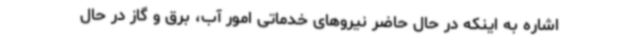
اشاره به اینکه در حال حاضر نیروهای خدماتی امور آب، برق و گاز در حال